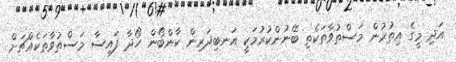
އަދި މީގެ އިތުރުން މަސްތުވާތަކެތި ބޭނުންކުރުމަކީ އަނބިދަރިން ކާންބޯން ހޯދާ ފައިސާ މަސްތުވާތަކެއްޗަށް